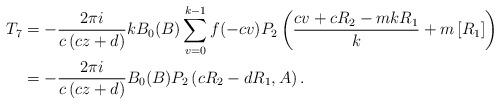
LaTeX: \begin{align*}T_{7} & =-\frac{2\pi i}{c\left( cz+d\right) }kB_{0}(B)\sum\limits_{v=0}^{k-1}f(-cv)P_{2}\left( \frac{cv+cR_{2}-mkR_{1}}{k}+m\left[ R_{1}\right]\right) \\& =-\frac{2\pi i}{c\left( cz+d\right) }B_{0}(B)P_{2}\left( cR_{2}-dR_{1},A\right) .\end{align*}